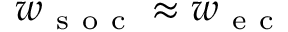
w _ { \mathrm { ~ s ~ o ~ c ~ } } \approx w _ { \mathrm { ~ e ~ c ~ } }